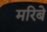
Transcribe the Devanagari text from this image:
मरिबे